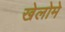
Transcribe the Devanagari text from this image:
खेलोमे